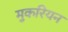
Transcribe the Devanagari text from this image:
मुकरियन